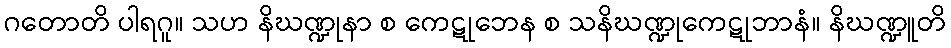
ဂတောတိ ပါရဂူ။ သဟ နိဃဏ္ဍုနာ စ ကေဋုဘေန စ သနိဃဏ္ဍုကေဋုဘာနံ။ နိဃဏ္ဍူတိ